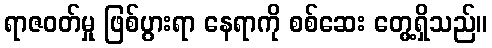
ရာဇဝတ်မှု ဖြစ်ပွားရာ နေရာကို စစ်ဆေး တွေ့ရှိသည်။